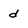
Character: d